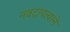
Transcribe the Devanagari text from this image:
नवदांपत्याने